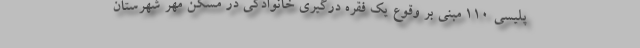
پلیسی ۱۱۰ مبنی بر وقوع یک فقره درگیری خانوادگی در مسکن مهر شهرستان